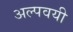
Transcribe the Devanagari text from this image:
अल्पवयी